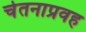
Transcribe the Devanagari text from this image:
चेतनाप्रवह